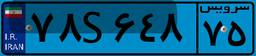
۴۴S۳۰۰۴۲